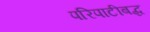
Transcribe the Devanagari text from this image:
परिपाटीबद्ध